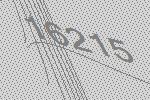
16215